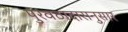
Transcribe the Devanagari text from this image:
पुरवठादारानुसार